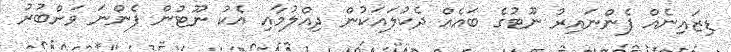
ޑިޒައިނެއް ފެންނައިރު ނޫޓުގެ ބައެއް ދެކުލައަކުން ދިއްލުމާއި އެކު ނޫޓުން ފެންނަ ވަށްބުރު